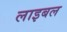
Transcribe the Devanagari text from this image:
लाइबल